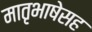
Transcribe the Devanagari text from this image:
मातृभाषेसह